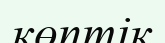
көптік